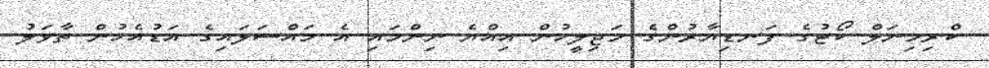
ކްރިމިނަލް ކޯޓުގެ ފަނޑިޔާރުންގެ މަޖިލީހުން އިއްޔެ ނިންމައި އެ މައްސަލައިގެ އަޑުއެހުން ތާވަލު